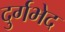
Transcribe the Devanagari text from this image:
दुर्गभेद